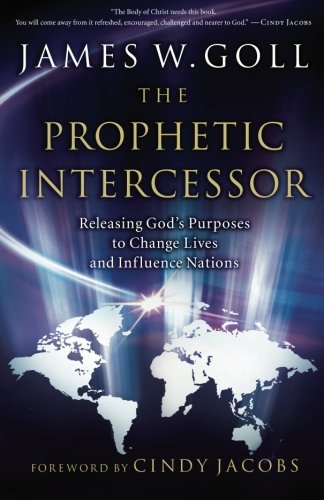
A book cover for The Prophetic Intercessor: Releasing God's Purposes to Change Lives and Influence Nations; James W. Goll; Christian Books & Bibles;